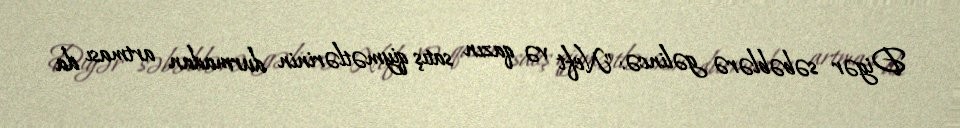
Digər səbəblərə gəlincə: "Neft və qazın satış qiymətlərinin durmadan artması da